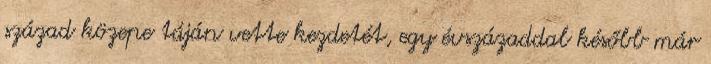
század közepe táján vette kezdetét, egy évszázaddal később már